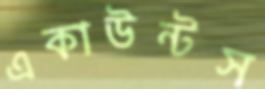
একাউন্টস